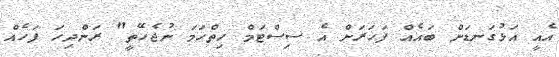
އެއީ އަޅުގަނޑަށް ބައެއް ފަހަރަށް އެ ސިސްޓަމް ހިތްހަމަ ނުޖެހޭތީ" ރަންދިހަ ފަހެއް